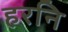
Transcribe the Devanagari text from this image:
हरनि